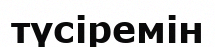
түсіремін